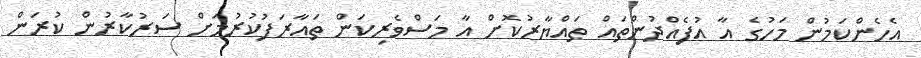
އެހެންކަމުން މަހުގެ އާ އުފެއްދުންތައް ތައްޔާރުކޮށް އާ މަސްވެރިކަން ތައާރަފުކުރުމަށް ސަރުކާރުން ކުރަން